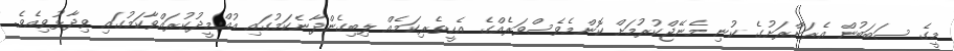
މީގެ ސަބަބުން އެރަށްރަށުގެ ކުނި މެނޭޖްކުރުމަށް ކޮންމެވެސްވަރެއްގެ އެހީތެރިކަމެއް ލިބިގެންދާނެކަމުގައި އުއްމީދުކުރައްވާކަމުގައި ވިދާޅުވިއެވެ.